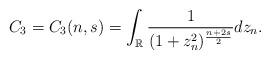
LaTeX: \begin{align*}C_3=C_3(n,s)=\int_{\mathbb{R}}{\frac{1}{(1+z_n^2)^{\frac{n+2s}{2}} }dz_n}.\end{align*}